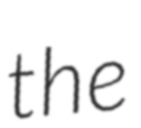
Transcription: the